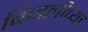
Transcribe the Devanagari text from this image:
बिजलीच्या